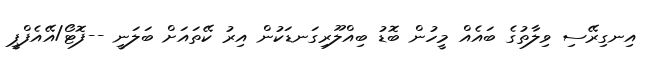
އިނގިރޭސި ވިލާތުގެ ބައެއް މީހުން ބޮޑު ބިއްލޫރިގަނޑަކުން އިރު ކޭތައަށް ބަލަނީ --ފޮޓޯ/އޭއެފްޕީ